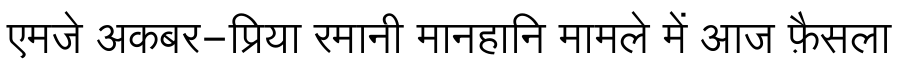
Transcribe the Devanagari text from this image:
एमजे अकबर-प्रिया रमानी मानहानि मामले में आज फ़ैसला